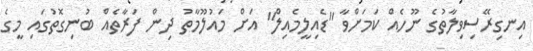
އިނގިރޭސިވިލާތުގެ ނޫހެއް ކަމަށްވާ "ޑެއިލީމެއިލް" އަށް މައުލޫމާތު ދިން ފަރާތެއް ބުނިގޮތުގައި މީގެ